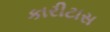
કારીટાસ